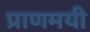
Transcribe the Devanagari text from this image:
प्राणमयी